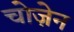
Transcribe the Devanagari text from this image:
चोज़ेन